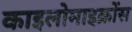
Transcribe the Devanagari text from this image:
काइलोमाइक्रोंस